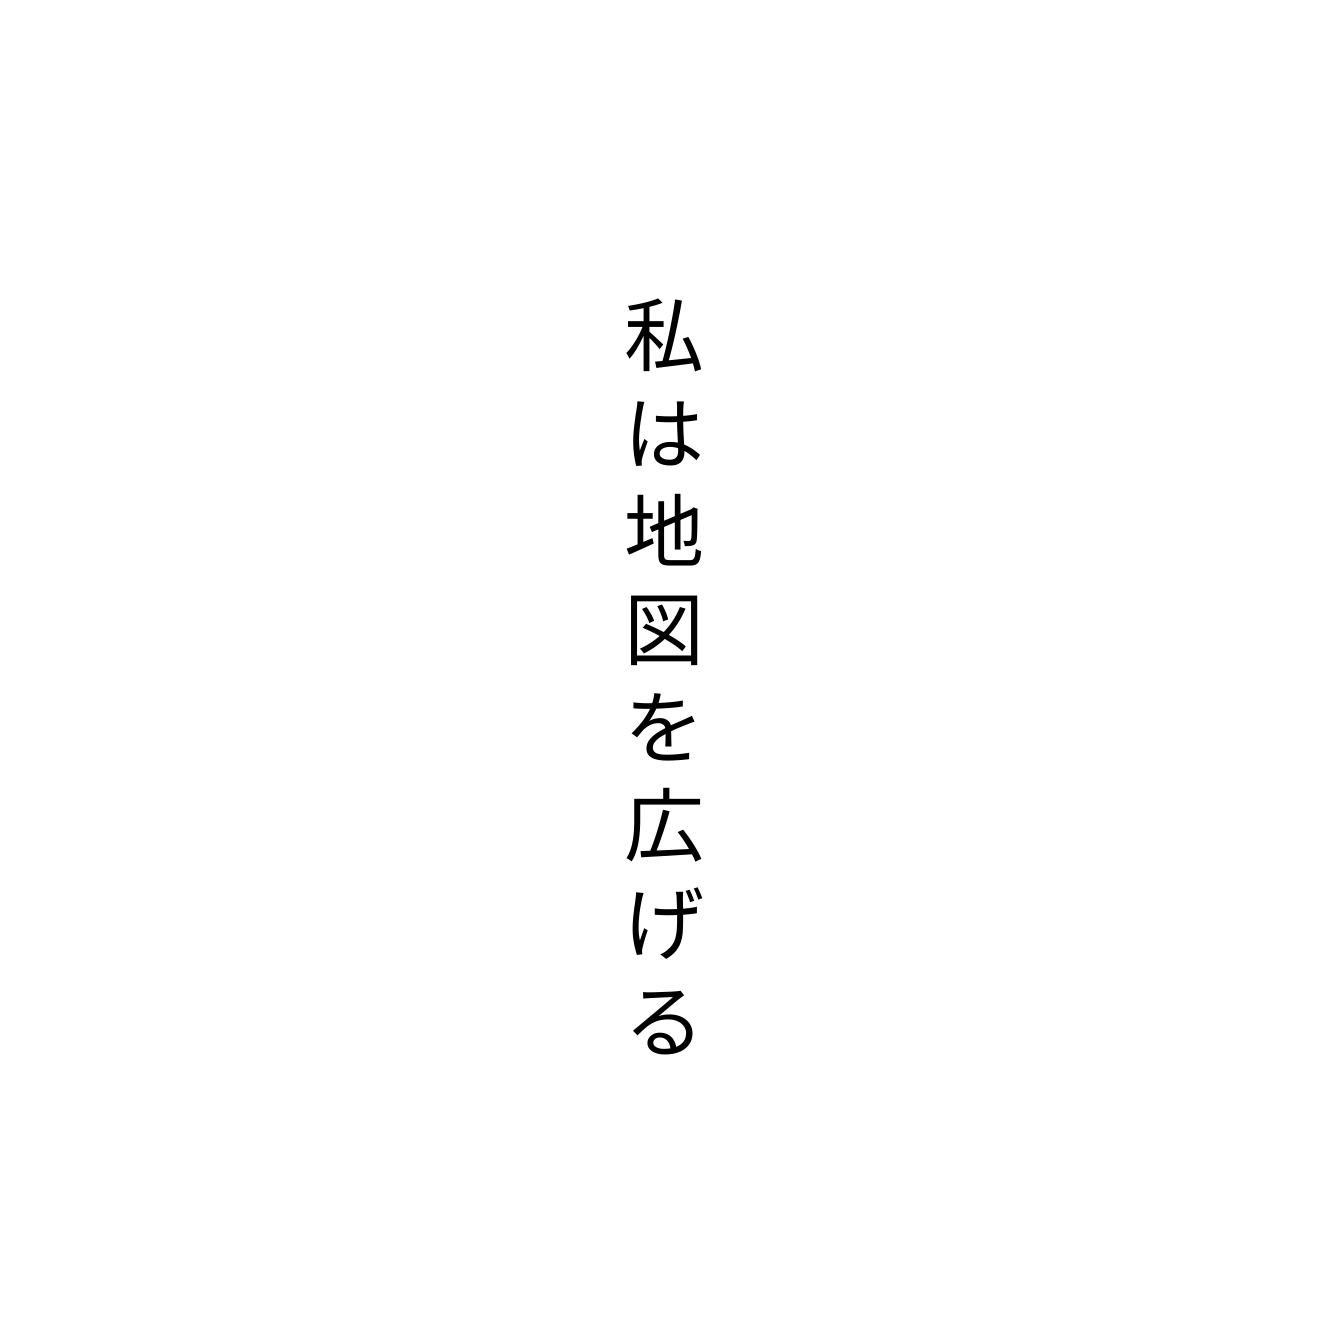
私は地図を広げる